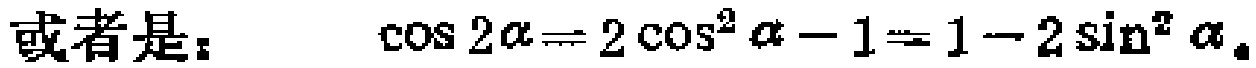
或者是：$\cos 2\alpha = 2\cos^{2}\alpha - 1 = 1 - 2\sin^{2}\alpha$。